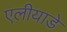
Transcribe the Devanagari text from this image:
एलीयाडे